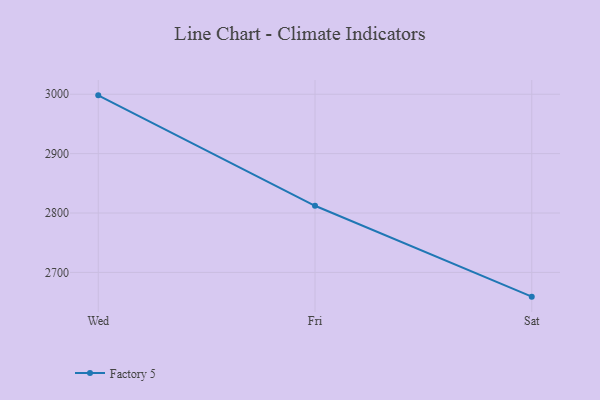
{"axis": {"x": "Day", "y": "Tickets Resolved"}, "legend": ["Factory 5"], "data": [{"x": "Wed", "y": 2998.1, "type": "Factory 5"}, {"x": "Fri", "y": 2812.2, "type": "Factory 5"}, {"x": "Sat", "y": 2659.2, "type": "Factory 5"}]}